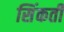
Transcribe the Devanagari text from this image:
सिंकती